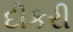
દીકરી